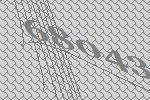
68043